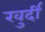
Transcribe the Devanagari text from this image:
खुर्दी